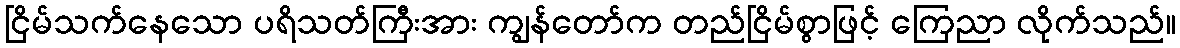
ငြိမ်သက်နေသော ပရိသတ်ကြီးအား ကျွန်တော်က တည်ငြိမ်စွာဖြင့် ကြေညာ လိုက်သည်။